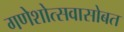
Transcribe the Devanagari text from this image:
गणेशोत्सवासोबत